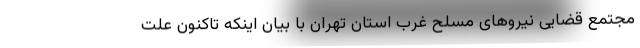
مجتمع قضایی نیروهای مسلح غرب استان تهران با بیان اینکه تاکنون علت